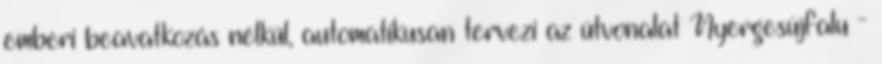
emberi beavatkozás nélkül, automatikusan tervezi az útvonalat Nyergesújfalu -